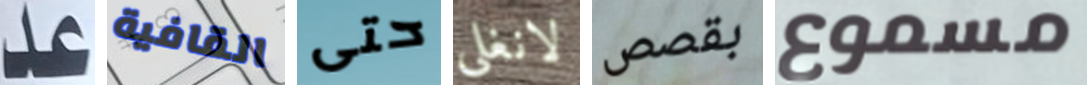
عد القافية حتى لانغلي بقصص مسموع